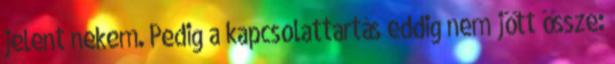
jelent nekem. Pedig a kapcsolattartás eddig nem jött össze: